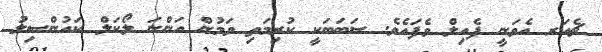
ޗެއަރ އެވަނީ ފެއިލް ވެފައެވެ. ސަބަބަކީ ކުރިމަތި ވަމުން އަންނަ ލޯކަލް ކައުންސިލު